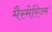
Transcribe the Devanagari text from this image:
मैस्मेरिज्म